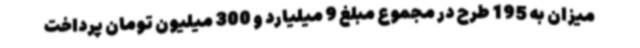
میزان به 195 طرح در مجموع مبلغ 9 میلیارد و 300 میلیون تومان پرداخت